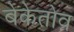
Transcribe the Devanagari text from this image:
बेकेतोव